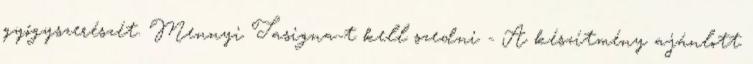
gyógyszerészét. Mennyi Tasigna-t kell szedni - A készítmény ajánlott